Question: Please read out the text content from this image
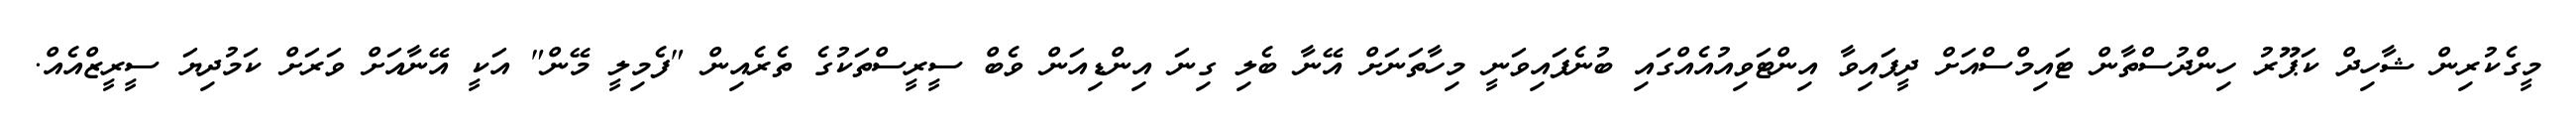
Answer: މީގެކުރިން ޝާހިދް ކަޕޫރު ހިންދުސްތާން ޓައިމްސްއަށް ދީފައިވާ އިންޓަވިއުއެއްގައި ބުނެފައިވަނީ މިހާތަނަށް އޭނާ ބެލި ގިނަ އިންޑިއަން ވެބް ސީރީސްތަކުގެ ތެރެއިން "ފެމިލީ މޭން" އަކީ އޭނާއަށް ވަރަށް ކަމުދިޔަ ސީރީޒްއެއް.